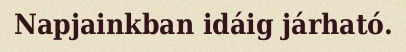
Napjainkban idáig járható.